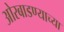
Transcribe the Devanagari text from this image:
ओरबाडण्याच्या